Leaving Certificate Examination (including Day School Certificate (Higher) General paper), 1938
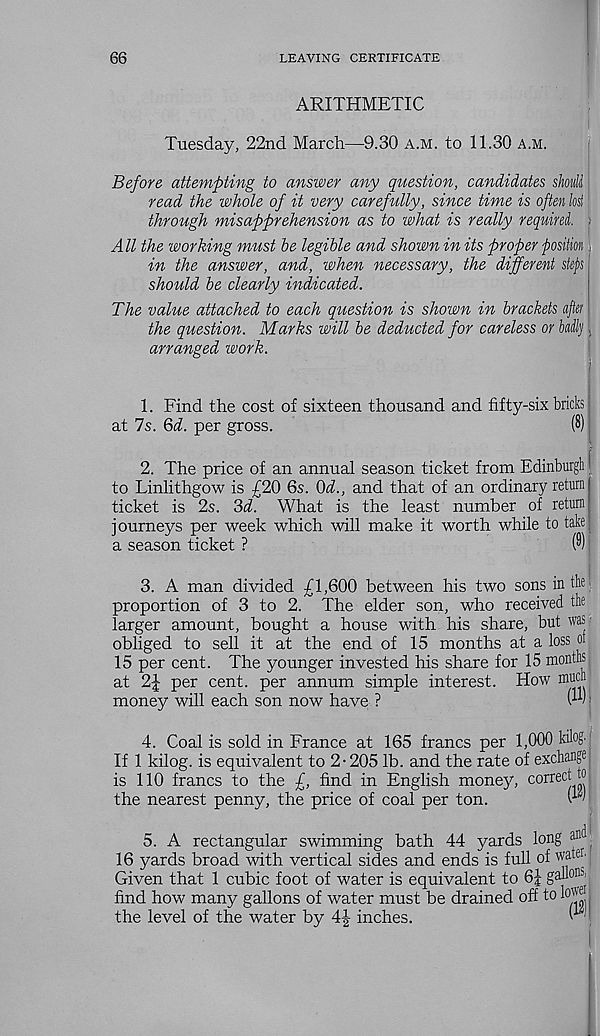
66
LEAVING CERTIFICATE
ARITHMETIC
Tuesday, 22nd March—9.30 a.m. to 11.30 a.m.
Before attempting to answer any question, candidates skull
read the whole of it very carefully, since time is often lost
through misapprehension as to what is really required. >
All the working must he legible and shown in its proper position ■
in the answer, and, when necessary, the different step
should be clearly indicated.
The value attached to each question is shown in brackets ajtei
the question. Marks will be deducted for careless or bdlj
arranged work.
1. Find the cost of sixteen thousand and fifty-six bricks
at 7s.
per gross.
(8)
2. The price of an annual season ticket from Edinburgh |
to Linlithgow is £20 6s. Od, and that of an ordinary return'
ticket is 2s. 3d. What is the least number of return
journeys per week which will make it worth while to take
a season ticket ?
(9)
3. A man divided £1,600 between his two sons in the
proportion of 3 to 2. The elder son, who received the
larger amount, bought a house with his share, but was •
obliged to sell it at the end of 15 months at a loss ot
15 per cent. The younger invested his share for 15 months
at 2|- per cent, per annum simple interest. How much
money will each son now have ?
:
4. Coal is sold in France at 165 francs per 1,000 kilog^
If 1 kilog. is equivalent to 2-205 lb. and the rate of exchange
is 110 francs to the £, find in English money, correct t°
the nearest penny, the price of coal per ton.
(12)
a®
5. A rectangular swimming bath 44 yards long
16 yards broad with vertical sides and ends is full of wateu
Given that 1 cubic foot of water is equivalent to 6J galiou-
find how many gallons of water must be drained off tol 0^.
the level of the water by 4| inches.
^ '
id I